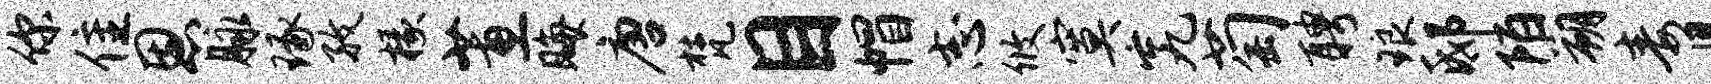
你隹恩脉琢孜椽蕙晦唐梵目帽志攸寞究萄聘琅邸陌朔毒且